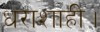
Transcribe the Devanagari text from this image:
धराशाही।